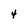
Character: 4